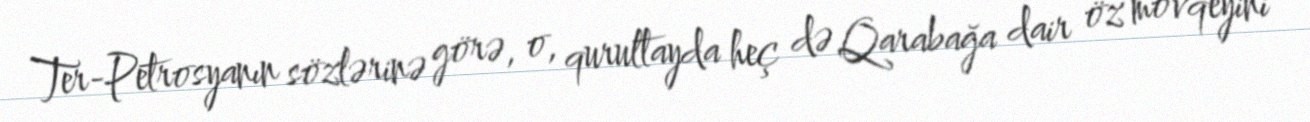
Ter-Petrosyanın sözlərinə görə, o, qurultayda heç də Qarabağa dair öz mövqeyini